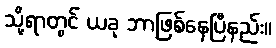
သို့ရာတွင် ယခု ဘာဖြစ်နေပြီနည်း။